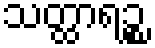
သတ္ထာရဉ္စ